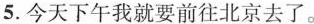
5.今天下午我就要前往北京去了。